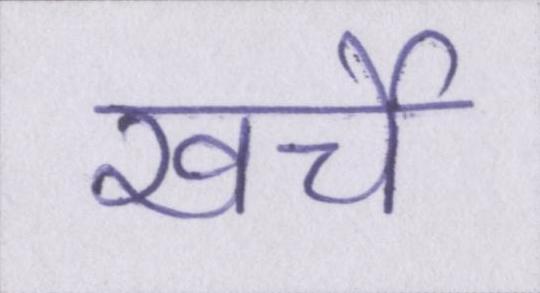
खर्चे